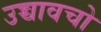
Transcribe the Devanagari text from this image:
उच्चावचो